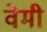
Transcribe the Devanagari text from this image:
वेमी